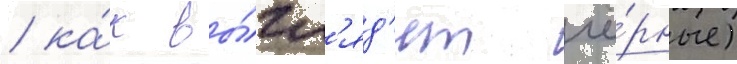
/ ка́к вы́гл'яд'ят чё́рные)